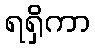
ရရှိကာ